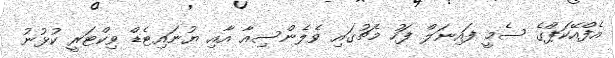
އެފްއޭކަޕްގެ ސެމީ ފައިނަލް ފަހު މެޗުގައި ވެލެންސިއާ އާއި ޔުނައިޓެޑް ވިކްޓަރީ ކުޅުނު